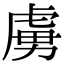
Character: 虜